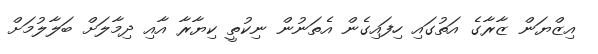
އިޒްޔަން ޒާރާގެ އަތުގައި ހިފައިގެން އެތަނުން ނިކުތީ ކިޔާރާ އާއި ދިމާލަށް ބަލާލުމަށް